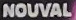
NOUVAL